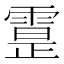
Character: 𩄕